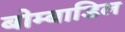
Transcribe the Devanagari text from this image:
बोम्बाडिल